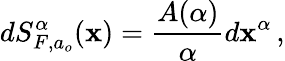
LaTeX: dS_{F,a_{o}}^{\alpha}(\mathbf{x})=\frac{{A(\alpha)}}{{\alpha}}d\mathbf{x}^{\alpha}\, ,